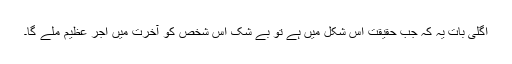
اگلی بات یہ کہ جب حقیقت اس شکل میں ہے تو بے شک اس شخص کو آخرت میں اجر عظیم ملے گا۔